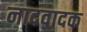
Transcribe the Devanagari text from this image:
नादवादक